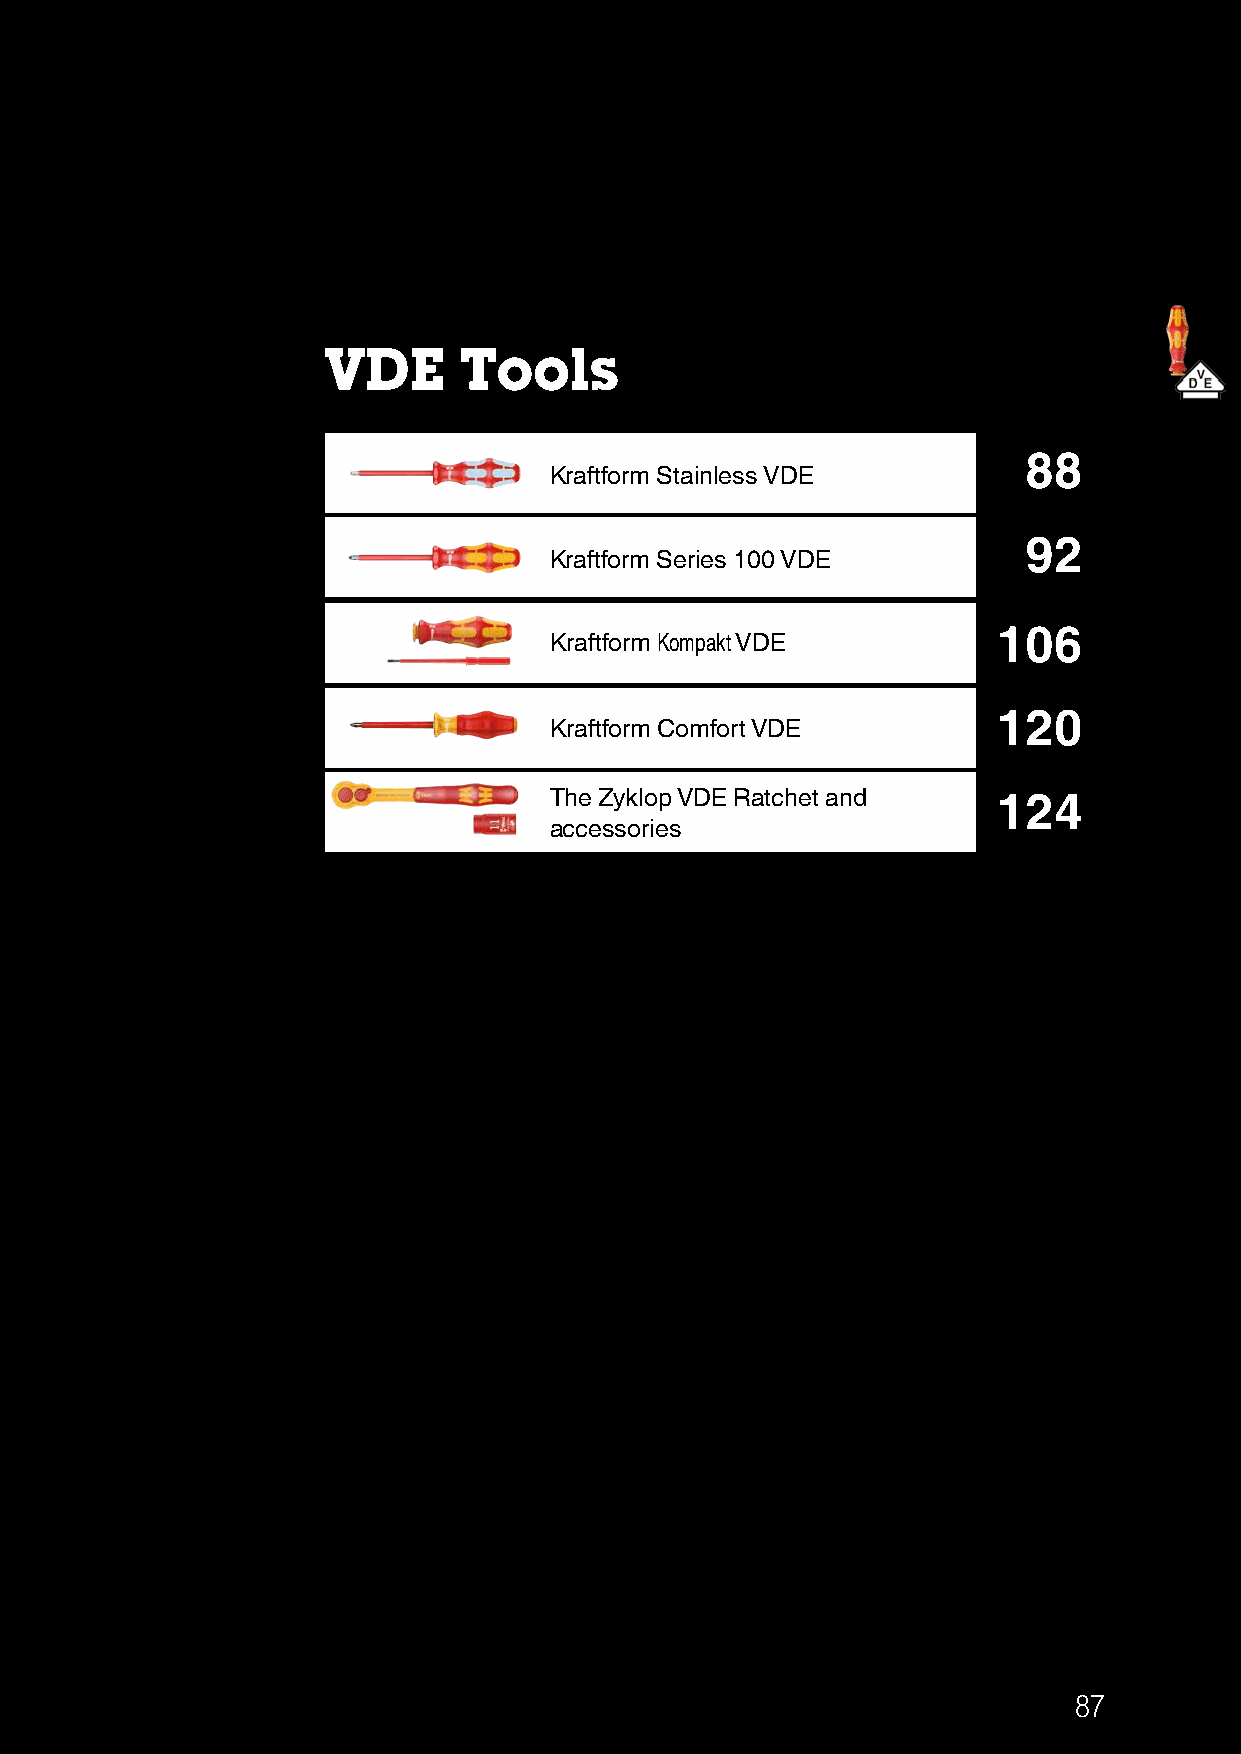
VDE     Tools
 Kraftform Stainless VDE         88
 Kraftform Series 100 VDE        92
 Kraftform Kompakt VDE         106
 Kraftform Comfort VDE         120
 The Zyklop VDE Ratchet and
 124
 accessories
 87